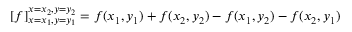
\left[ f \right] _ { x = x _ { 1 } , y = y _ { 1 } } ^ { x = x _ { 2 } , y = y _ { 2 } } = f ( x _ { 1 } , y _ { 1 } ) + f ( x _ { 2 } , y _ { 2 } ) - f ( x _ { 1 } , y _ { 2 } ) - f ( x _ { 2 } , y _ { 1 } )